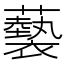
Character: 𧃳